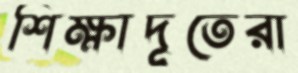
শিক্ষাদূতেরা